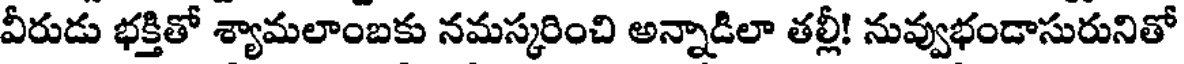
వీరుడు భక్తితో శ్యామలాంబకు నమస్కరించి అన్నాడిలా తల్లీ! నువ్వుభండాసురునితో